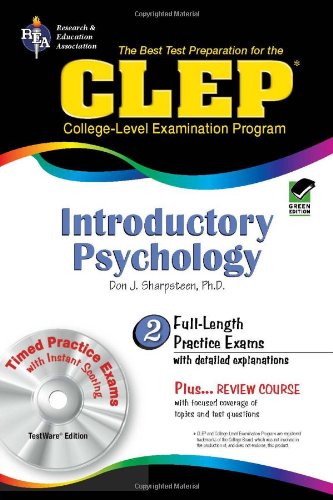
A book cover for CLEP: Introductory Psychology, TestWare Edition (Book & CD-ROM); Don J. Sharpsteen Ph.D.; Test Preparation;